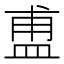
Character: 盙